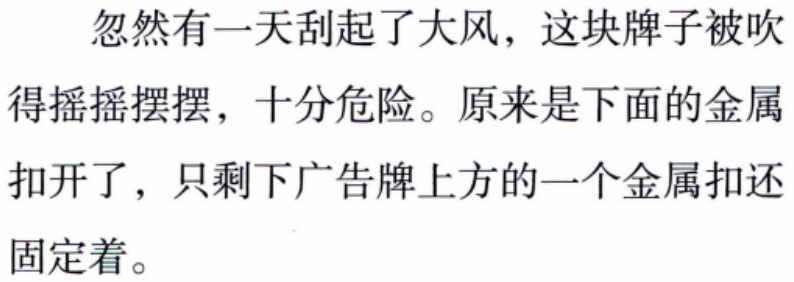
忽然有一天刮起了大风，这块牌子被吹得摇摇摆摆，十分危险。原来是下面的金属扣开了，只剩下广告牌上方的一个金属扣还固定着。